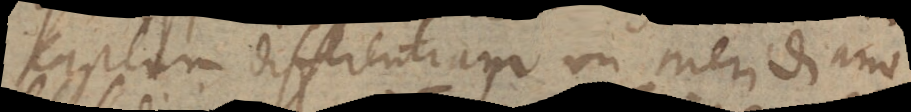
captam differentiam in meridiano